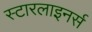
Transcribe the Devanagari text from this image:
स्टारलाइनर्स